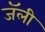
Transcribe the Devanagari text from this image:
जॅली